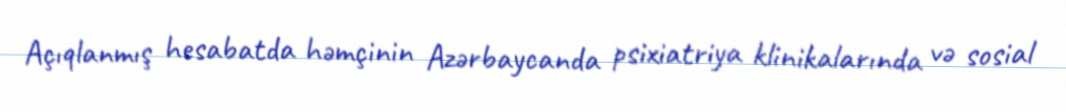
Açıqlanmış hesabatda həmçinin Azərbaycanda psixiatriya klinikalarında və sosial